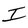
Character: I